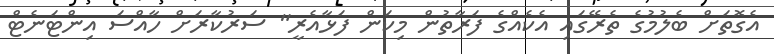
އެގޮތަށް ބެލުމުގެ ތެރޭގައި އެކެއްގެ ފަރާތުން މިކަން ފަޅާއެރީ" ސަރުކާރަށް ހާއްސަ އިންޓަނެޓް